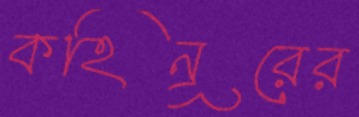
কহিনূরের